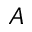
A